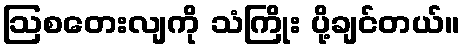
ဩစတေးလျကို သံကြိုး ပို့ချင်တယ်။